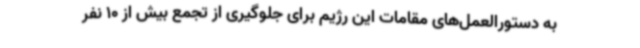
به دستورالعمل‌های مقامات این رژیم برای جلوگیری از تجمع بیش از 10 نفر